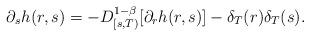
LaTeX: \begin{align*}\partial_s h (r,s)= -D_{[s,T)}^{1-\beta}[\partial_r h(r,s)] - \delta_T(r)\delta_T(s).\end{align*}